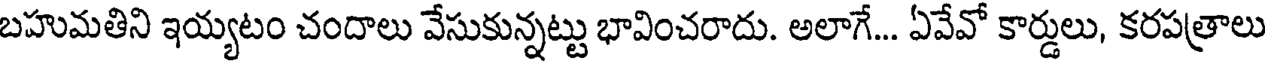
బహుమతిని ఇయ్యటం చందాలు వేసుకున్నట్టు భావించరాదు. అలాగే... ఏవేవో కార్డులు, కరపత్రాలు